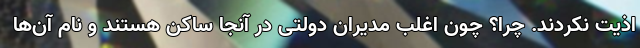
اذیت نکردند. چرا؟ چون اغلب مدیران دولتی در آنجا ساکن هستند و نام آن‌ها